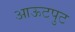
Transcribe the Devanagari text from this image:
आऊटपुट